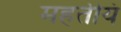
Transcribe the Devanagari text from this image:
महतीयं